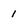
Character: 1